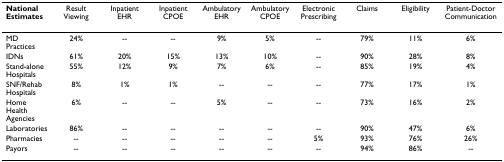
<table><thead><tr><td><b>National Estimates</b></td><td><b>Result Viewing</b></td><td><b>Inpatient EHR</b></td><td><b>Inpatient CPOE</b></td><td><b>Ambulatory EHR</b></td><td><b>Ambulatory CPOE</b></td><td><b>Electronic Prescribing</b></td><td><b>Claims</b></td><td><b>Eligibility</b></td><td><b>Patient-Doctor Communication</b></td></tr></thead><tbody><tr><td>MD Practices</td><td>24%</td><td>--</td><td>--</td><td>9%</td><td>5%</td><td>--</td><td>79%</td><td>11%</td><td>6%</td></tr><tr><td>IDNs</td><td>61%</td><td>20%</td><td>15%</td><td>13%</td><td>10%</td><td>--</td><td>90%</td><td>28%</td><td>8%</td></tr><tr><td>Stand-alone Hospitals</td><td>55%</td><td>12%</td><td>9%</td><td>7%</td><td>6%</td><td>--</td><td>85%</td><td>19%</td><td>4%</td></tr><tr><td>SNF/Rehab Hospitals</td><td>8%</td><td>1%</td><td>1%</td><td>--</td><td>--</td><td>--</td><td>77%</td><td>17%</td><td>1%</td></tr><tr><td>Home Health Agencies</td><td>6%</td><td>--</td><td>--</td><td>5%</td><td>--</td><td>--</td><td>73%</td><td>16%</td><td>2%</td></tr><tr><td>Laboratories</td><td>86%</td><td>--</td><td>--</td><td>--</td><td>--</td><td>--</td><td>90%</td><td>47%</td><td>6%</td></tr><tr><td>Pharmacies</td><td>--</td><td>--</td><td>--</td><td>--</td><td>--</td><td>5%</td><td>93%</td><td>76%</td><td>26%</td></tr><tr><td>Payors</td><td>--</td><td>--</td><td>--</td><td>--</td><td>--</td><td>--</td><td>94%</td><td>86%</td><td>--</td></tr></tbody></table>